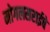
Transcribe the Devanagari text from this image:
मोगलसराईचे